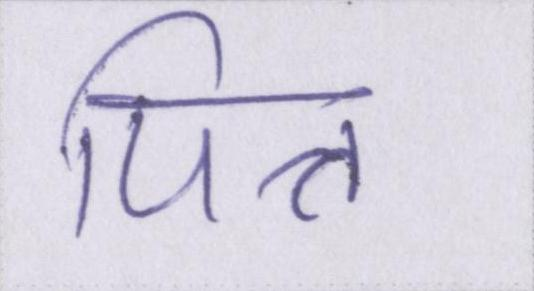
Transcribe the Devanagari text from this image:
पित्त